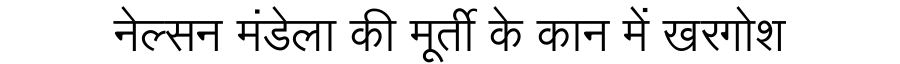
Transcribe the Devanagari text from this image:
नेल्सन मंडेला की मूर्ती के कान में खरगोश